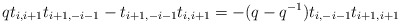
\begin{align*}qt_{i,i+1}t_{i+1,-i-1} - t_{i+1,-i-1}t_{i,i+1} = -(q-q^{-1})t_{i,-i-1}t_{i+1,i+1}\end{align*}